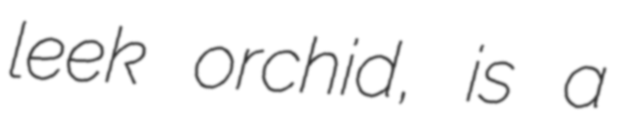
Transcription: leek orchid, is a